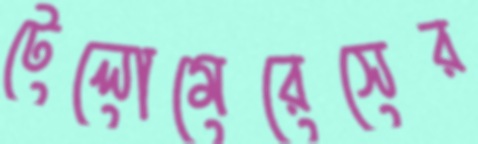
টেলোমেরেসের